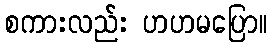
စကားလည်း ဟဟမပြော။